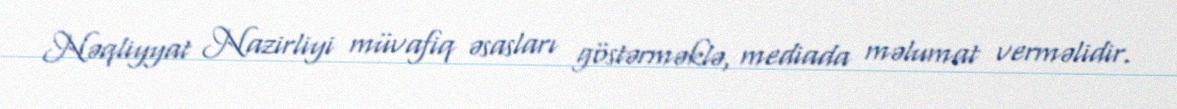
Nəqliyyat Nazirliyi müvafiq əsasları göstərməklə, mediada məlumat verməlidir.